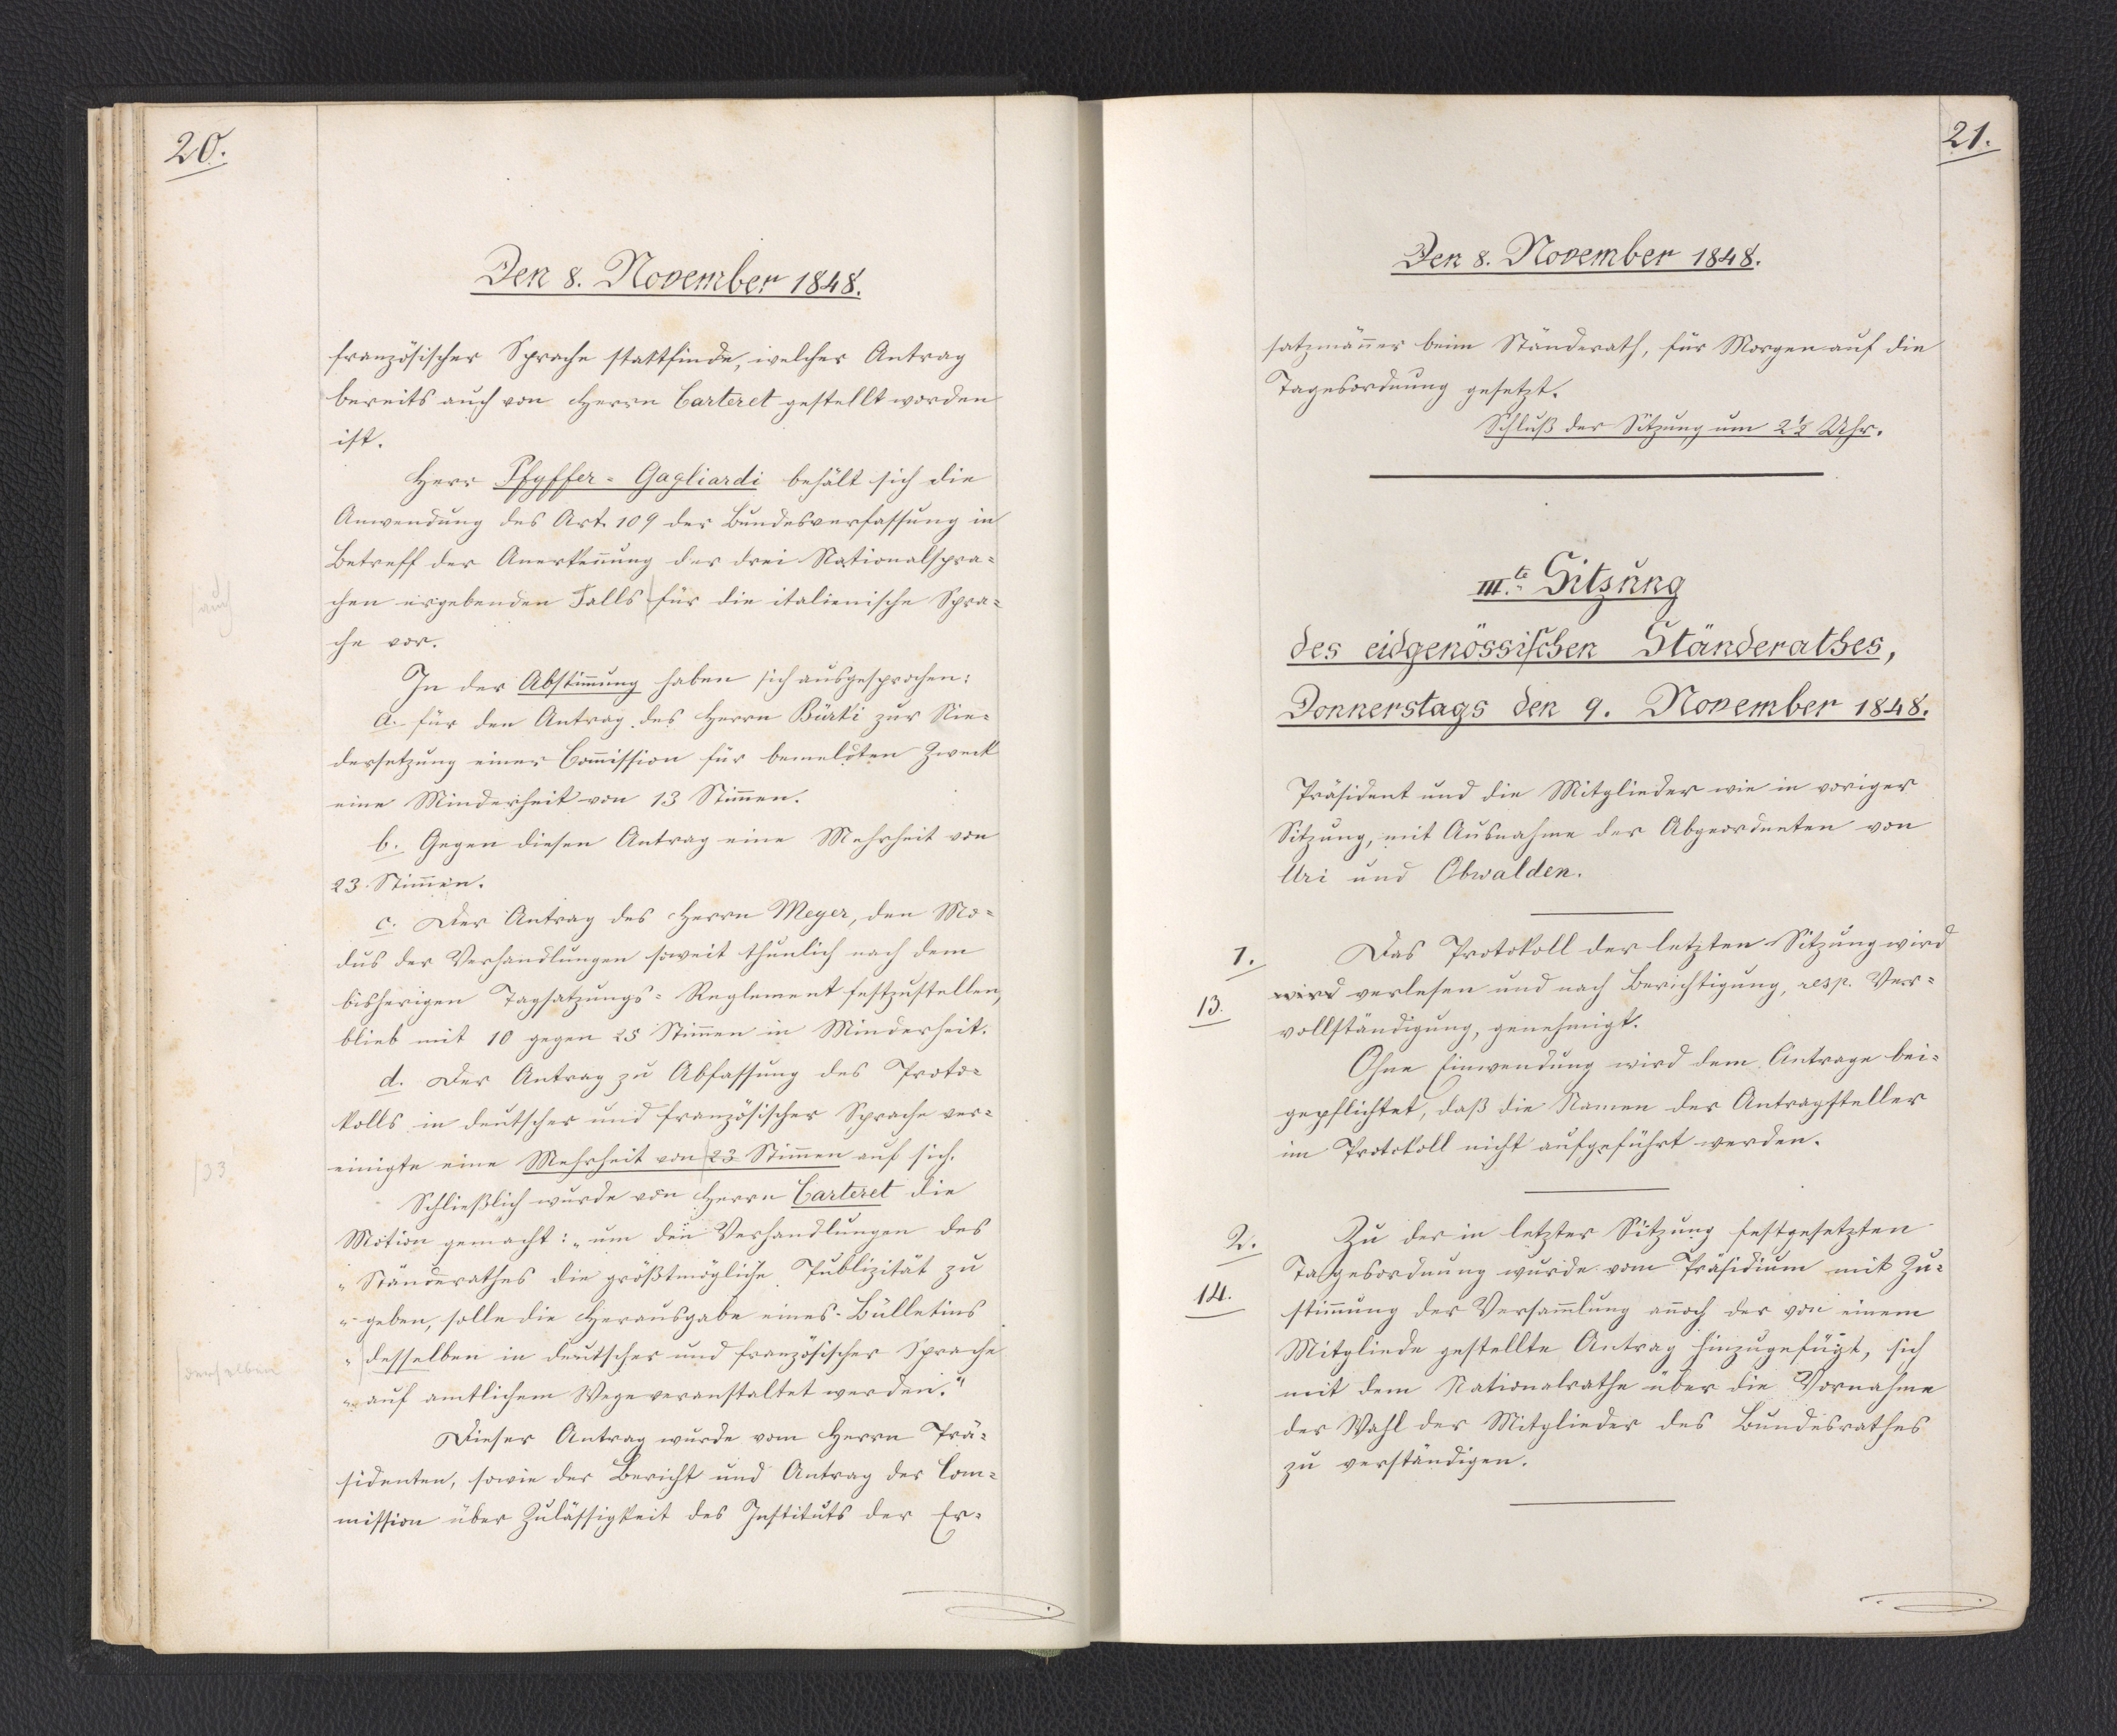
20.

Den 8. November 1848.

französischer Sprache stattfinde, welcher Antrag
bereits auch von Herrn Carteret gestellt worden
ist.
Herr Pfyffer-Gagliardi behält sich die
Anwendung des Art. 109 der Bundesverfassung in
Betreff der Anerkennung der drei Nationalspra¬
chen ergebenden Falls für die italienische Spra¬
che vor.
In der Abstimmung haben sich ausgesprochen:
a. für den Antrag des Herrn Bürki zur Nie¬
dersetzung einer Commission für bemeldten Zweck
eine Minderheit von 13 Stimmen.
b. Gegen diesen Antrag eine Mehrheit von
23 Stimmen.
c. Der Antrag des Herrn Meyer, den Mo¬
dus der Verhandlungen soweit thunlich nach dem
bisherigen Tagsatzungs-Reglement festzustellen,
blieb mit 10 gegen 25 Stimmen in Minderheit.
d. Der Antrag zu Abfassung des Proto¬
kolls in deutscher und französischer Sprache ver¬
einigte eine Mehrheit von 23 Stimmen auf sich.
Schließlich wurde von Herrn Carteret die
Motion gemacht: "um den Verhandlungen des
Ständerathes die größtmögliche Publizität zu
geben, solle die Herausgabe eines Bülletins
desselben in deutscher und französischer Sprache
auf amtlichem Wege veranstaltet werden."
Dieser Antrag wurde vom Herrn Prä¬
sidenten, sowie der Bericht und Antrag der Com¬
mission über Zulässigkeit des Instituts der Er¬

21.

Den 8. November 1848.

satzmänner beim Ständerath, für Morgen auf die
Tagesordnung gesetzt.
Schluß der Sitzung um 2 1/2 Uhr.